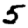
Digit: 5